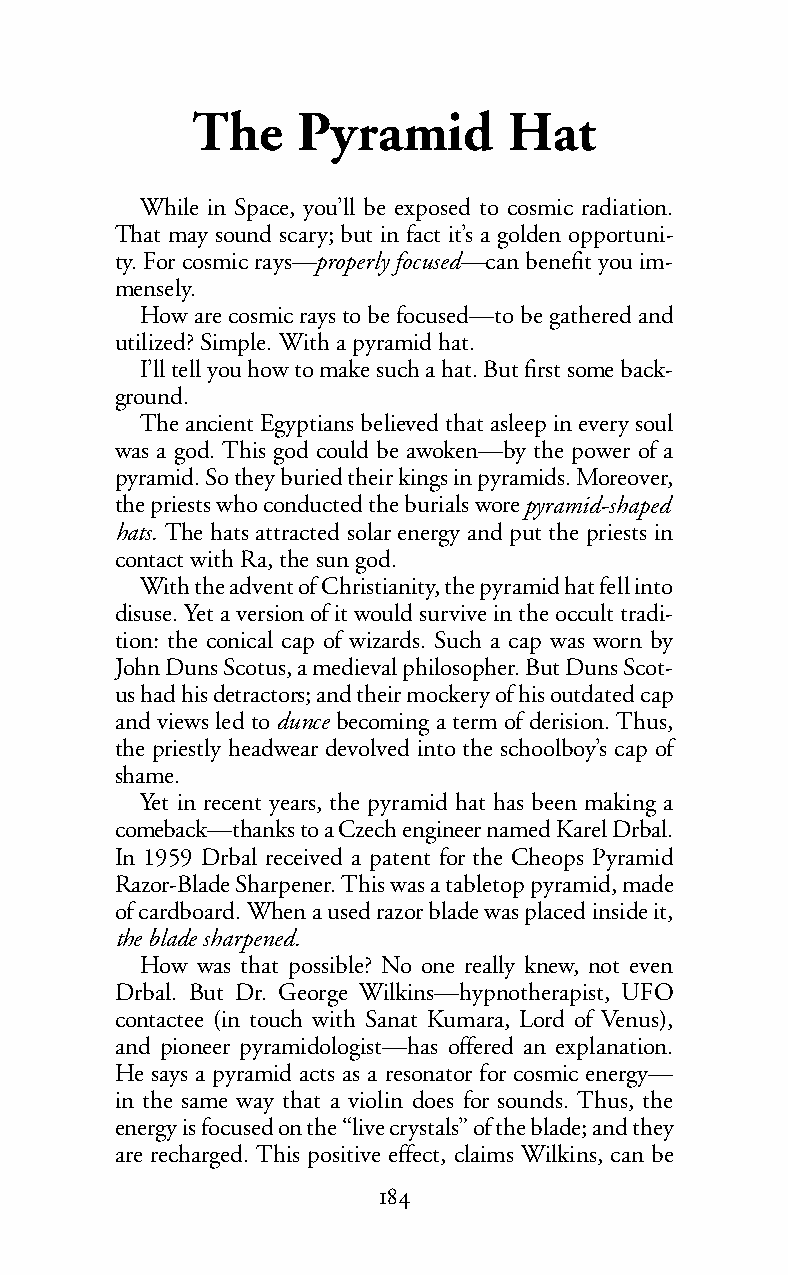
The    Pyramid       Hat
 While in Space, you’ll be exposed to cosmic radiation.
 That may sound scary; but in fact it’s a golden opportuni-
 ty. For cosmic rays—properly focused—can benefit you im-
 mensely.
 How are cosmic rays to be focused—to be gathered and
 utilized? Simple. With a pyramid hat.
 I’ll tell you how to make such a hat. But first some back-
 ground.
 The ancient Egyptians believed that asleep in every soul
 was a god. This god could be awoken—by the power of a
 pyramid. So they buried their kings in pyramids. Moreover,
 the priests who conducted the burials worepyramid-shaped
 hats. The hats attracted solar energy and put the priests in
 contact with Ra, thesun god.
 With the advent of Christianity, the pyramid hat fell into
 disuse. Yet a version of it would survive in the occult tradi-
 tion: the conical cap of wizards. Such a cap was worn by
 John Duns Scotus, a medieval philosopher. But Duns Scot-
 us had his detractors; and their mockery of his outdated cap
 and views led todunce becoming a term of derision. Thus,
 the priestly headwear devolved into the schoolboy’s cap of
 shame.
 Yet in recent years, the pyramid hat has been making a
 comeback—thanks to a Czech engineer named Karel Drbal.
 In 1959 Drbal received a patent for the Cheops Pyramid
 Razor-Blade Sharpener. This was a tabletop pyramid, made
 ofcardboard. When a usedrazorbladewas placed inside it,
 the blade sharpened.
 How was that possible? No one really knew, not even
 Drbal. But Dr. George Wilkins—hypnotherapist, UFO
 contactee (in touch with Sanat Kumara, Lord of Venus),
 and pioneer pyramidologist—has offered an explanation.
 He says a pyramid acts as a resonator for cosmic energy—
 in the same way that a violin does for sounds. Thus, the
 energy is focused on the “live crystals” of the blade; and they
 are recharged. This positive effect, claims Wilkins, can be
 